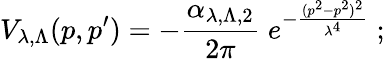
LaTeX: V_{\lambda,\Lambda}(p,p^{\prime})=-\frac{\alpha_{\lambda,\Lambda,2}}{2\pi}\; e^{-\frac{(p^{2}-p^{2})^{2}}{\lambda^{4}}}\; ;